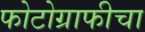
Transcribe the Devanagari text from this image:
फोटोग्राफीचा